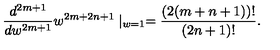
{ \frac { d ^ { 2 m + 1 } } { d w ^ { 2 m + 1 } } } w ^ { 2 m + 2 n + 1 } \mid _ { w = 1 } = { \frac { ( 2 ( m + n + 1 ) ) ! } { ( 2 n + 1 ) ! } } .